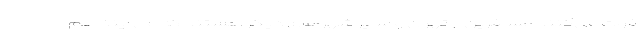
فوت می‌کنند مسافرین از تهران و سایر شهرهای دیگر هستند که می آیند هم